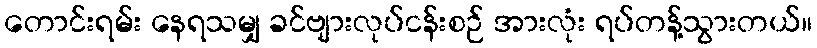
တောင်းရမ်း နေရသမျှ ခင်ဗျားလုပ်ငန်းစဉ် အားလုံး ရပ်တန့်သွားတယ်။